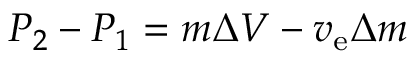
P _ { 2 } - P _ { 1 } = m \Delta V - v _ { \mathrm { e } } \Delta m